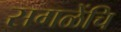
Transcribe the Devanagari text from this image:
सगळेंचि